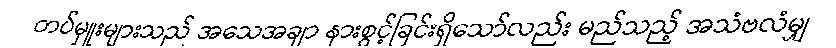
တပ်မှူးများသည် အသေအချာ နားစွင့်ခြင်းရှိသော်လည်း မည်သည့် အသံဗလံမျှ